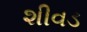
શીવડ